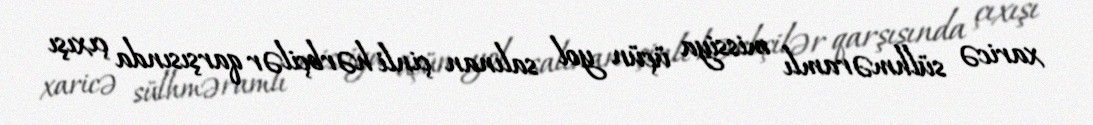
xaricə sülhməramlı missiya üçün yol salınan çinli hərbçilər qarşısında çıxışı